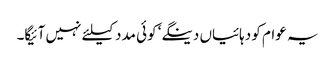
یہ عوام کو دہائیاں دینگے‘ کوئی مدد کیلئے نہیں آئیگا۔